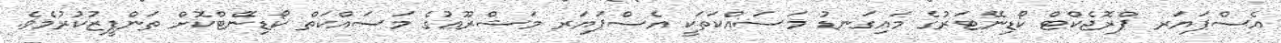
އެސްޕަޔަރ ޕްރޮޖެކްޓް ކޯޑިނޭޓަރުގެ މައިގަނޑު މަސައްކަތަކީ އެސްޕަޔަރ މަޝްރޫޢުގެ މަސައްކަތް ކޯޑިނޭޓްކޮށް ތަންފީޒުކުރުމެވެ.